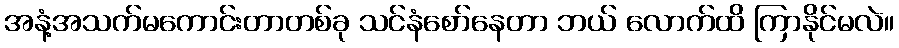
အနံ့အသက်မကောင်းတာတစ်ခု သင်နံစော်နေတာ ဘယ် လောက်ထိ ကြာနိုင်မလဲ။